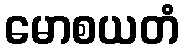
မောစယတံ